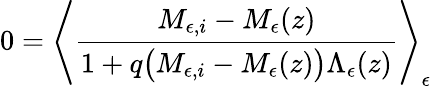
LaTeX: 0=\left\langle\frac{M_{\epsilon,i}-M_{\epsilon}(z)}{1+q\big(M_{\epsilon,i}-M_{\epsilon}(z)\big)\Lambda_{\epsilon}(z)}\right\rangle_{\epsilon}